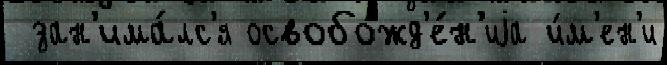
 зан'има́лс'я освобожд'е́н'иjа и́м'ен'и